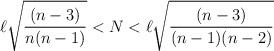
LaTeX: \begin{align*}\ell \sqrt{\frac{(n-3)}{n(n-1)}}<N<\ell \sqrt{\frac{(n-3)}{(n-1)(n-2)}}\end{align*}